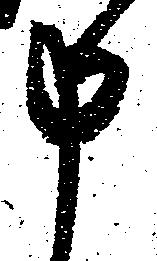
申